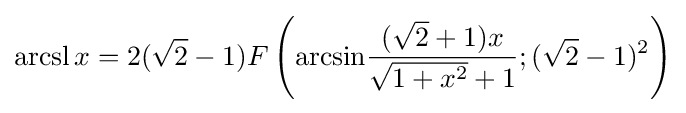
\operatorname {arcsl} x=2({\sqrt {2}}-1)F\left({\arcsin }{\frac {({\sqrt {2}}+1)x}{{\sqrt {1+x^{2}}}+1}};({\sqrt {2}}-1)^{2}\right)